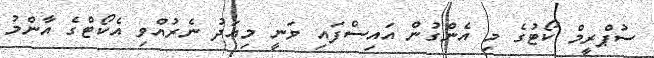
ސުޕްރީމް ކޯޓުގެ މި އެންގުން އައިސްފައި ވަނީ މިއަދު ނެރުއްވި އެކޯޓްގެ އާންމު